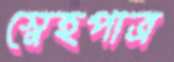
স্নেহপাত্র